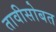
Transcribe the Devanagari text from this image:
तावीसोबत